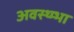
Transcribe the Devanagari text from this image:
अवस्थ्म्भा